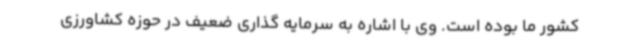
کشور ما بوده است. وی با اشاره به سرمایه گذاری ضعیف در حوزه کشاورزی